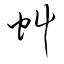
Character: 虯